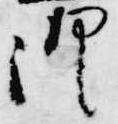
御